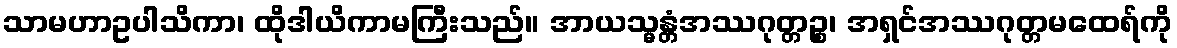
သာမဟာဥပါသိကာ၊ ထိုဒါယိကာမကြီးသည်။ အာယသ္မန္တံအဿဂုတ္တဉ္စ၊ အရှင်အဿဂုတ္တမထေရ်ကို